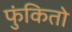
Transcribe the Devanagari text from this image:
फुंकितो